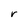
Character: r